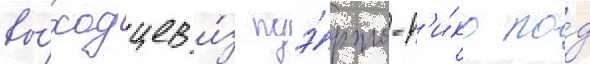
вы́ходцев и́з пуэ́рто-р'и́ко по́д